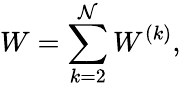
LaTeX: W=\sum_{k=2}^{\mathcal{N}}W^{(k)},